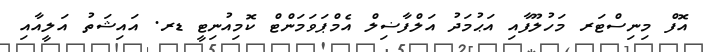
އޮފް މިނިސްޓަރ މަހުލޫފާއި އަޙުމަދު އަލްފާޟިލް އެމްޕަވަމަންޓް ކޮމިއުނިޓީ ޑރ. އައިޝަތު އަލީއާއި